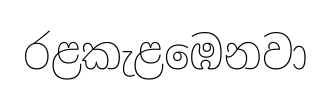
රළකැළඹෙනවා